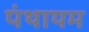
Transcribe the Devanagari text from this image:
पंथायम